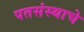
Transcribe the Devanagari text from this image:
पतसंस्थाचे